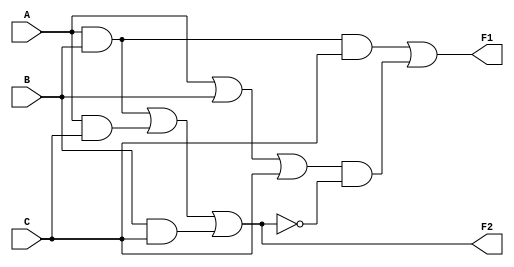
//Descripcion de los niveles de compuertas del circuito de la figura 4.2

module Circuito_fig_4_2 (A, B, C, F1, F2);

    input A, B, C;
    output F1, F2;
    wire T1, T2, T3, F3_b, E1, E2, E3;
    or g1 (T1, A,B,C);
    and g2 (T2, A, B, C);
    and g3 (E1, A, B);
    and g4 (E2, A, C);
    and g5 (E3, B, C);
    or g6 (F2, E1, E2, E3);
    not g7 (F2_b, F2);
    and g8 (T3, T1, F2_b);
    or g9 (F1, T2, T3);

endmodule

//Estimulo para analizar el circuito

module circuito_de_prueba;

    reg [2:0] D;
    wire F1, F2;

    Circuito_fig_4_2 M1 (D[2], D[1], D[0], F1, F2);

    initial begin
        D = 3'b000;
        repeat (7) #10 D = D + 3'b001;
    end

    initial $monitor ("ABC = %b F1 = %b F2 = %b", D, F1, F2);

endmodule